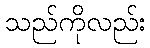
သည်ကိုလည်း